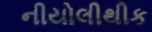
નીયોલીથીક